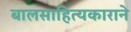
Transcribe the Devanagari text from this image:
बालसाहित्यकाराने